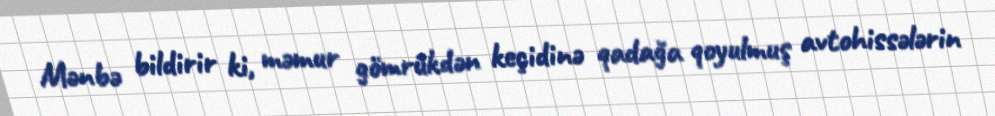
Mənbə bildirir ki, məmur gömrükdən keçidinə qadağa qoyulmuş avtohissələrin